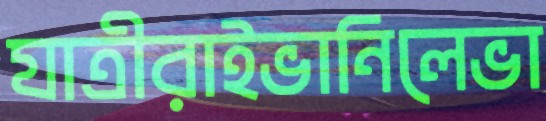
যাত্রীরাইভানিলেভা